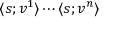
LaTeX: \langle s ; v ^ { 1 } \rangle \cdots \langle s ; v ^ { n } \rangle